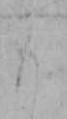
も